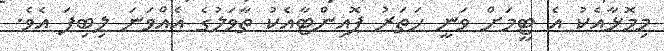
މިމޮޅާއެކު އެ ޓީމަށް ވަނީ ހަތަރު ޕޮއިންޓާއެކު ތާވަލުގެ އެއްވަނަ ލިބިފަ އެވެ.